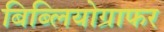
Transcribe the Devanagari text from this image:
बिब्लियोग्राफर